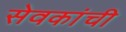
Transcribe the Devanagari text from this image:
सेवकांची